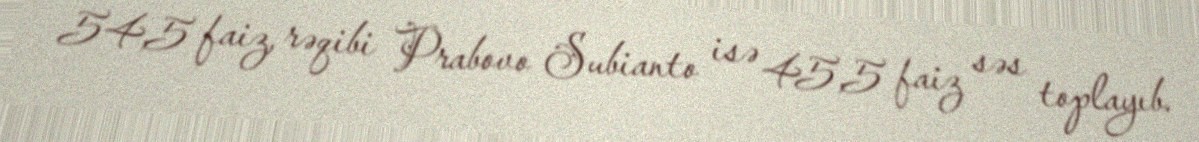
54,5 faiz, rəqibi Prabovo Subianto isə 45,5 faiz səs toplayıb.